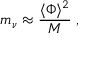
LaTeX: m _ { \nu } \approx { \frac { \langle \Phi \rangle ^ { 2 } } { M } } \; ,